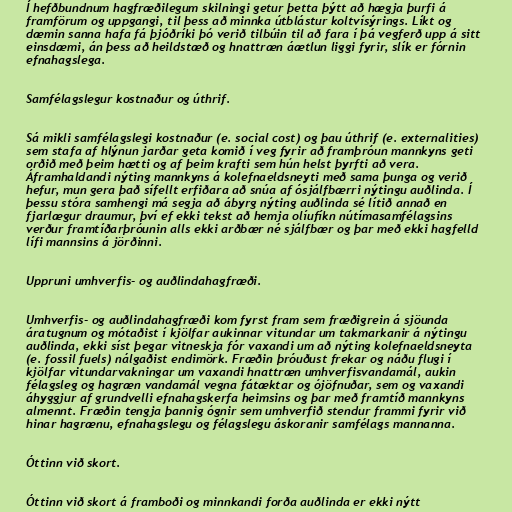
Í hefðbundnum hagfræðilegum skilningi getur þetta þýtt að hægja þurfi á
framförum og uppgangi, til þess að minnka útblástur koltvísýrings. Líkt og
dæmin sanna hafa fá þjóðríki þó verið tilbúin til að fara í þá vegferð upp á sitt
einsdæmi, án þess að heildstæð og hnattræn áætlun liggi fyrir, slík er fórnin
efnahagslega.

Samfélagslegur kostnaður og úthrif.

Sá mikli samfélagslegi kostnaður (e. social cost) og þau úthrif (e. externalities)
sem stafa af hlýnun jarðar geta komið í veg fyrir að framþróun mannkyns geti
orðið með þeim hætti og af þeim krafti sem hún helst þyrfti að vera.
Áframhaldandi nýting mannkyns á kolefnaeldsneyti með sama þunga og verið
hefur, mun gera það sífellt erfiðara að snúa af ósjálfbærri nýtingu auðlinda. Í
þessu stóra samhengi má segja að ábyrg nýting auðlinda sé lítið annað en
fjarlægur draumur, því ef ekki tekst að hemja olíufíkn nútímasamfélagsins
verður framtíðarþróunin alls ekki arðbær né sjálfbær og þar með ekki hagfelld
lífi mannsins á jörðinni.

Uppruni umhverfis- og auðlindahagfræði.

Umhverfis- og auðlindahagfræði kom fyrst fram sem fræðigrein á sjöunda
áratugnum og mótaðist í kjölfar aukinnar vitundar um takmarkanir á nýtingu
auðlinda, ekki síst þegar vitneskja fór vaxandi um að nýting kolefnaeldsneyta
(e. fossil fuels) nálgaðist endimörk. Fræðin þróuðust frekar og náðu flugi í
kjölfar vitundarvakningar um vaxandi hnattræn umhverfisvandamál, aukin
félagsleg og hagræn vandamál vegna fátæktar og ójöfnuðar, sem og vaxandi
áhyggjur af grundvelli efnahagskerfa heimsins og þar með framtíð mannkyns
almennt. Fræðin tengja þannig ógnir sem umhverfið stendur frammi fyrir við
hinar hagrænu, efnahagslegu og félagslegu áskoranir samfélags mannanna.

Óttinn við skort.

Óttinn við skort á framboði og minnkandi forða auðlinda er ekki nýtt